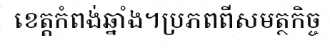
ខេត្តកំពង់ឆ្នាំង។ប្រភពពីសមត្ថកិច្ច